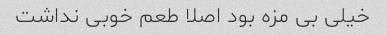
خیلی بی مزه بود اصلا طعم خوبی نداشت